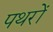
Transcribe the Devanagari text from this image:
पथरों